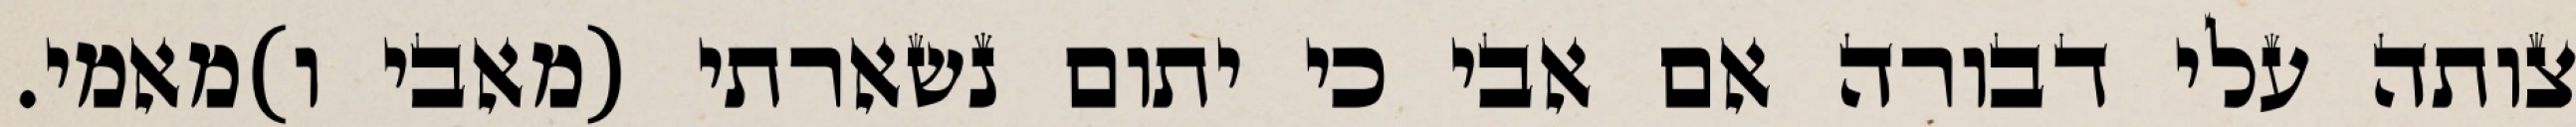
צותה עלי דבורה אם אבי כי יתום נשארתי (מאבי ו)מאמי.